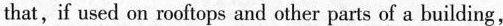
that, if used on rooftops and other parts of a building,